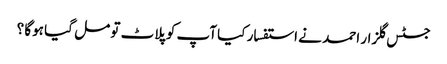
جسٹس گلزار احمد نے استفسار کیا آپ کو پلاٹ تو مل گیا ہوگا ؟